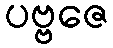
ပဗ္ဗဇေ